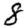
Digit: 8